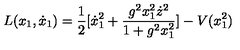
L ( x _ { 1 } , \dot { x } _ { 1 } ) = \frac { 1 } { 2 } [ \dot { x } _ { 1 } ^ { 2 } + \frac { g ^ { 2 } x _ { 1 } ^ { 2 } \dot { z } ^ { 2 } } { 1 + g ^ { 2 } x _ { 1 } ^ { 2 } } ] - V ( x _ { 1 } ^ { 2 } )